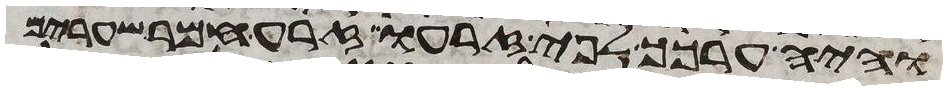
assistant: והיה ערכך לפי זרעו זרע חמר שערים